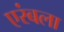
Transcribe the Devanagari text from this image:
एरंबला